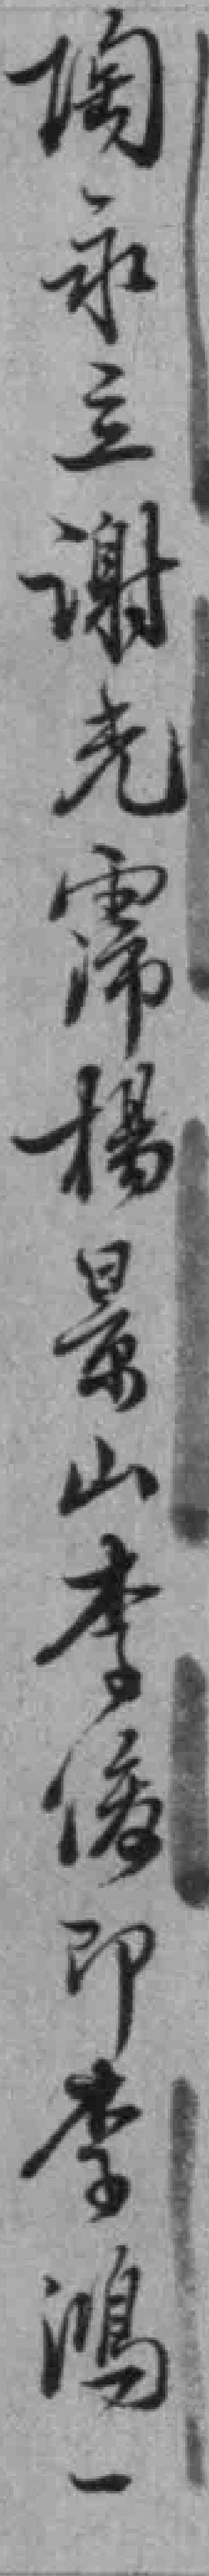
陶永立謝光霈楊景山李俊即李鴻一